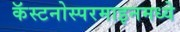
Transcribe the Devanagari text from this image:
कॅस्टनोस्परमाइनमध्ये